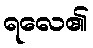
ရလေ၏